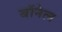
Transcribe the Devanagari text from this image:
बॉनेल